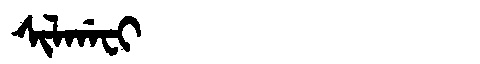
Manchu: ᠰᡳᠯᡤᠠᠸᡳ
Romanization: SILGAFI